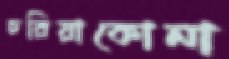
চরিয়াকোনা